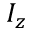
I _ { z }